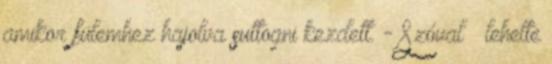
amikor fülemhez hajolva suttogni kezdett. - Szóval – lehelte